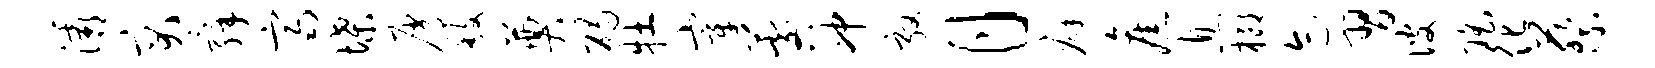
灞突舜齐堞屑馥奠碣牡宰晷冲敦月癖旧息榔迹习彼瑶化蔡